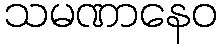
သမဏာနေဝ